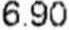
6.90